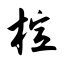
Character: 楦